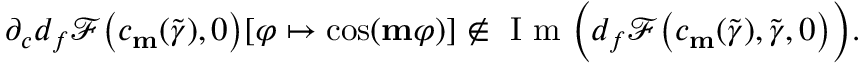
\partial _ { c } d _ { f } \mathscr { F } \big ( c _ { \mathbf { m } } ( \widetilde { \gamma } ) , 0 \big ) [ \varphi \mapsto \cos ( \mathbf { m } \varphi ) ] \not \in \textnormal { I m } \Big ( d _ { f } \mathscr { F } \big ( c _ { \mathbf { m } } ( \widetilde { \gamma } ) , \widetilde { \gamma } , 0 \big ) \Big ) .